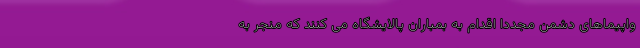
واپیماهای دشمن مجدداً اقدام به بمباران پالایشگاه می کنند که منجر به